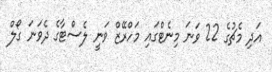
އަދި މެޗުގެ 22 ވަނަ މިނެޓްގައި މަހްރޭޒް ވަނީ ލެސްޓާގެ ދެވަނަ ގޯލް